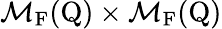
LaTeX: \mathcal{M}_{\mathrm{F}}(\mathrm{Q})\times\mathcal{M}_{\mathrm{F}}(\mathrm{Q})